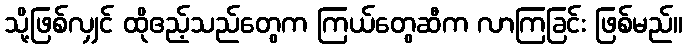
သို့ဖြစ်လျှင် ထိုဧည့်သည်တွေက ကြယ်တွေဆီက လာကြခြင်း ဖြစ်မည်။